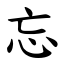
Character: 忘